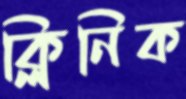
ক্লিনিক